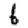
Digit: 6